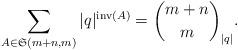
LaTeX: \begin{align*} \sum_{A\in\mathfrak S(m+n,m)}|q|^{\operatorname{inv}(A)}={m+n\choose m}_{|q|}.\end{align*}